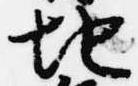
地